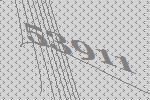
53911